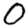
Digit: 0